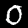
Digit: 0